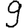
Digit: 9